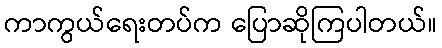
ကာကွယ်ရေးတပ်က ပြောဆိုကြပါတယ်။